Insane asylums in Bengal annual reports 1867-1875 - 1867-1875
Year: 1867
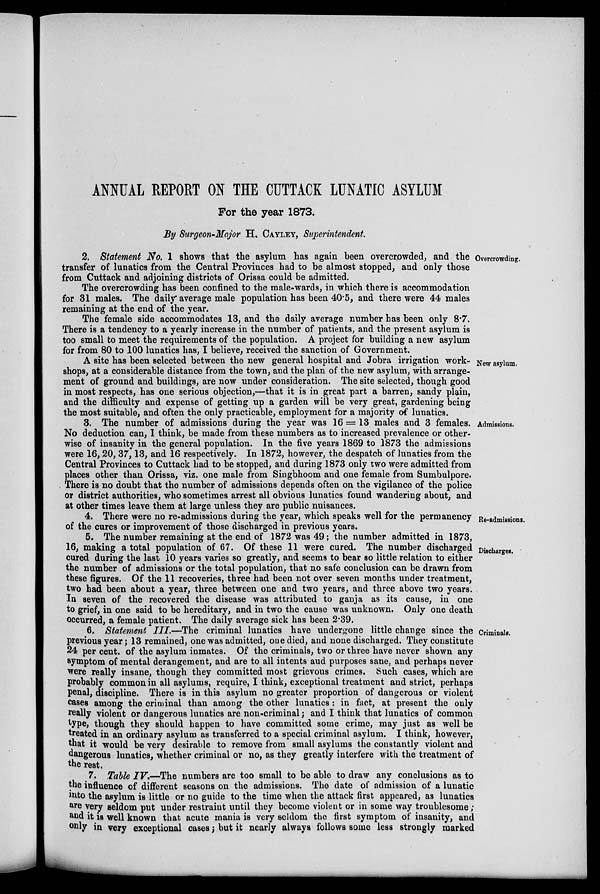
ANNUAL REPORT ON THE CUTTACK LUNATIC ASYLUM
For the year 1873.
By Surgeon-Major H. CAYLEY, Superintendent.
Overcrowding.
2. Statement No. 1 shows that the asylum has again been overcrowded, and the
transfer of lunatics from the Central Provinces had to be almost stopped, and only those
from Cuttack and adjoining districts of Orissa could be admitted.
The overcrowding has been confined to the male-wards, in which there is accommodation
for 31 males. The daily average male population has been 40.5, and there were 44 males
remaining at the end of the year.
The female side accommodates 13, and the daily average number has been only 8.7.
There is a tendency to a yearly increase in the number of patients, and the present asylum is
too small to meet the requirements of the population. A project for building a new asylum
for from 80 to 100 lunatics has, I believe, received the sanction of Government.
New asylum.
A site has been selected between the new general hospital and Jobra irrigation work-
shops, at a considerable distance from the town, and the plan of the new asylum, with arrange-
ment of ground and buildings, are now under consideration. The site selected, though good
in most respects, has one serious objection,—that it is in great part a barren, sandy plain,
and the difficulty and expense of getting up a garden will be very great, gardening being
the most suitable, and often the only practicable, employment for a majority of lunatics.
Admissions.
3. The number of admissions during the year was 16 = 13 males and 3 females.
No deduction can, I think, be made from these numbers as to increased prevalence or other-
wise of insanity in the general population. In the five years 1869 to 1873 the admissions
were 16, 20, 37,13, and 16 respectively. In 1872, however, the despatch of lunatics from the
Central Provinces to Cuttack had to be stopped, and during 1873 only two were admitted from
places other than Orissa, viz. one male from Singbhoom and one female from Sumbulpore.
There is no doubt that the number of admissions depends often on the vigilance of the police
or district authorities, who sometimes arrest all obvious lunatics found wandering about, and
at other times leave them at large unless they are public nuisances.
Re-admissions.
4. There were no re-admissions during the year, which speaks well for the permanency
of the cures or improvement of those discharged in previous years.
Discharges.
5. The number remaining at the end of 1872 was 49; the number admitted in 1873,
16, making a total population of 67. Of these 11 were cured. The number discharged
cured during the last 10 years varies so greatly, and seems to bear so little relation to either
the number of admissions or the total population, that no safe conclusion can be drawn from
these figures. Of the 11 recoveries, three had been not over seven months under treatment,
two had been about a year, three between one and two years, and three above two years.
In seven of the recovered the disease was attributed to ganja as its cause, in one
to grief, in one said to be hereditary, and in two the cause was unknown. Only one death
occurred, a female patient. The daily average sick has been 2.39.
Criminals.
6. Statement III.—The criminal lunatics have undergone little change since the
previous year; 13 remained, one was admitted, one died, and none discharged. They constitute
24 per cent. of the asylum inmates. Of the criminals, two or three have never shown any
symptom of mental derangement, and are to all intents and purposes sane, and perhaps never
were really insane, though they committed most grievous crimes. Such cases, which are
probably common in all asylums, require, I think, exceptional treatment and strict, perhaps
penal, discipline. There is in this asylum no greater proportion of dangerous or violent
cases among the criminal than among the other lunatics : in fact, at present the only
really violent or dangerous lunatics are non-criminal; and I think that lunatics of common
type, though they should happen to have committed some crime, may just as well be
treated in an ordinary asylum as transferred to a special criminal asylum. I think, however,
that it would be very desirable to remove from small asylums the constantly violent and
dangerous lunatics, whether criminal or no, as they greatly interfere with the treatment of
the rest.
7. Table IV.—The numbers are too small to be able to draw any conclusions as to
the influence of different seasons on the admissions. The date of admission of a lunatic
into the asylum is little or no guide to the time when the attack first appeared, as lunatics
are very seldom put under restraint until they become violent or in some way troublesome;
and it is well known that acute mania is very seldom the first symptom of insanity, and
only in very exceptional cases; but it nearly always follows some less strongly marked